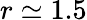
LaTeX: r\simeq 1.5